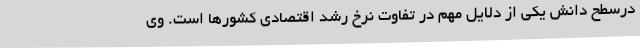
درسطح دانش یکی از دلایل مهم در تفاوت نرخ رشد اقتصادی کشورها است. وی